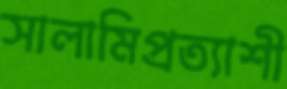
সালামিপ্রত্যাশী